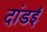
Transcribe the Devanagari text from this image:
दांडई